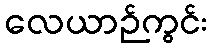
လေယာဉ်ကွင်း